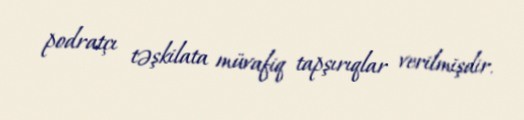
podratçı təşkilata müvafiq tapşırıqlar verilmişdir.